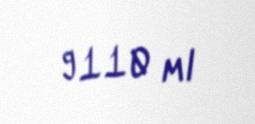
9110 ml